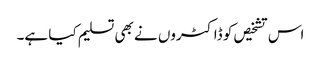
اس تشخیص کو ڈاکٹروں نے بھی تسلیم کیا ہے۔